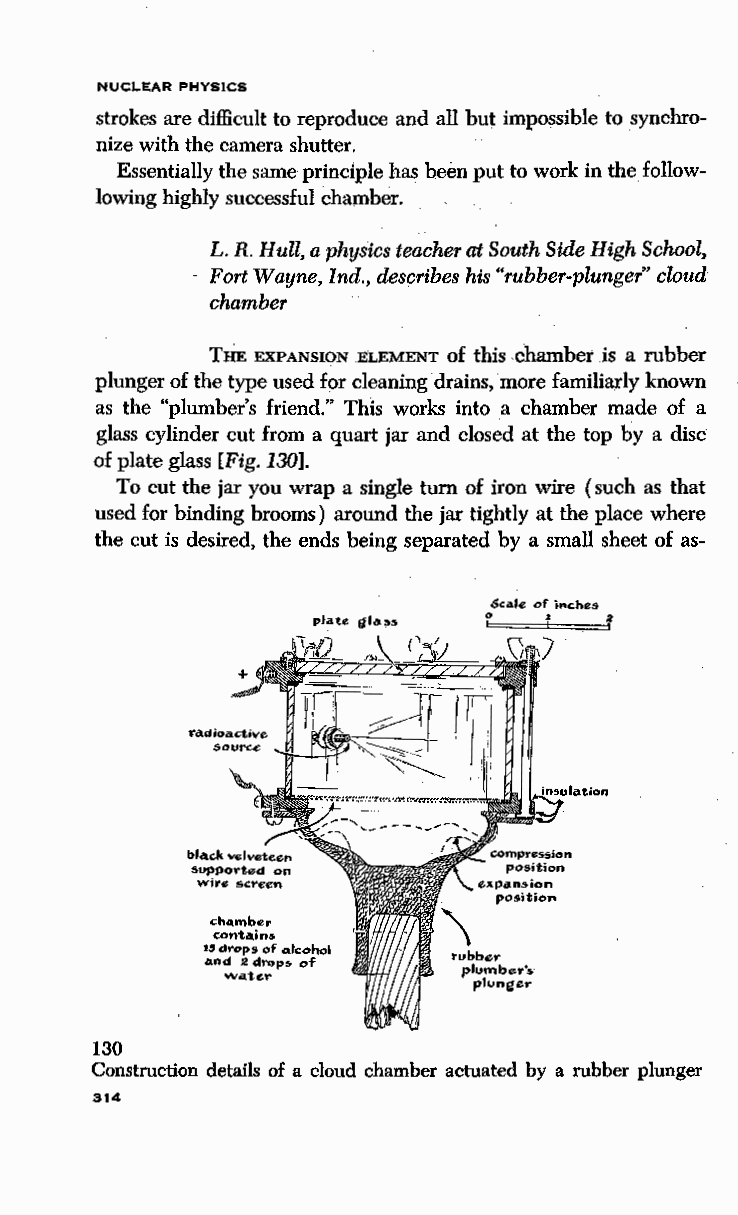
NUCLEAR PHYSICS
 strokes are difficult to reproduce and all but imvossible to synchro
 nize with the camera shutter.
 Essentially the same principle has been put to work in the follow
 lowing highly successful chamber.
 L. R. Hull, a physics teacher at South Side High School,
 Fort Wayne, Ind., describes his "rubber-plunger" cloud
 chamber
 THE EXPANSION ELEMENT of this chamber is a rubber
 plunger of the type used for cleaning drains, more familiarly known
 as the "plumber's friend." This works into a chamber made of a
 glass cylinder cut from a quart jar and closed at the top by a disc
 of plate glass [Fig. 130].
 To cut the jar you wrap a single turn of iron wire (such as that
 used for binding brooms) around the jar tightly at the place where
 the cut is desired, the ends being separated by a small sheet of as-
 &cafe of inches
 0   1   I!
 ch<unber
 conta.in.s
 15 drops of Alcohol
 rubber
 and 2 drop~ of   plumber's
 W4tef"          plunger
 130
 Construction details of a cloud chamber actuated by a rubber plunger
 314